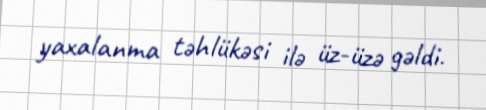
yaxalanma təhlükəsi ilə üz-üzə gəldi.